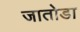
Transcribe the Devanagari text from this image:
जातोडा